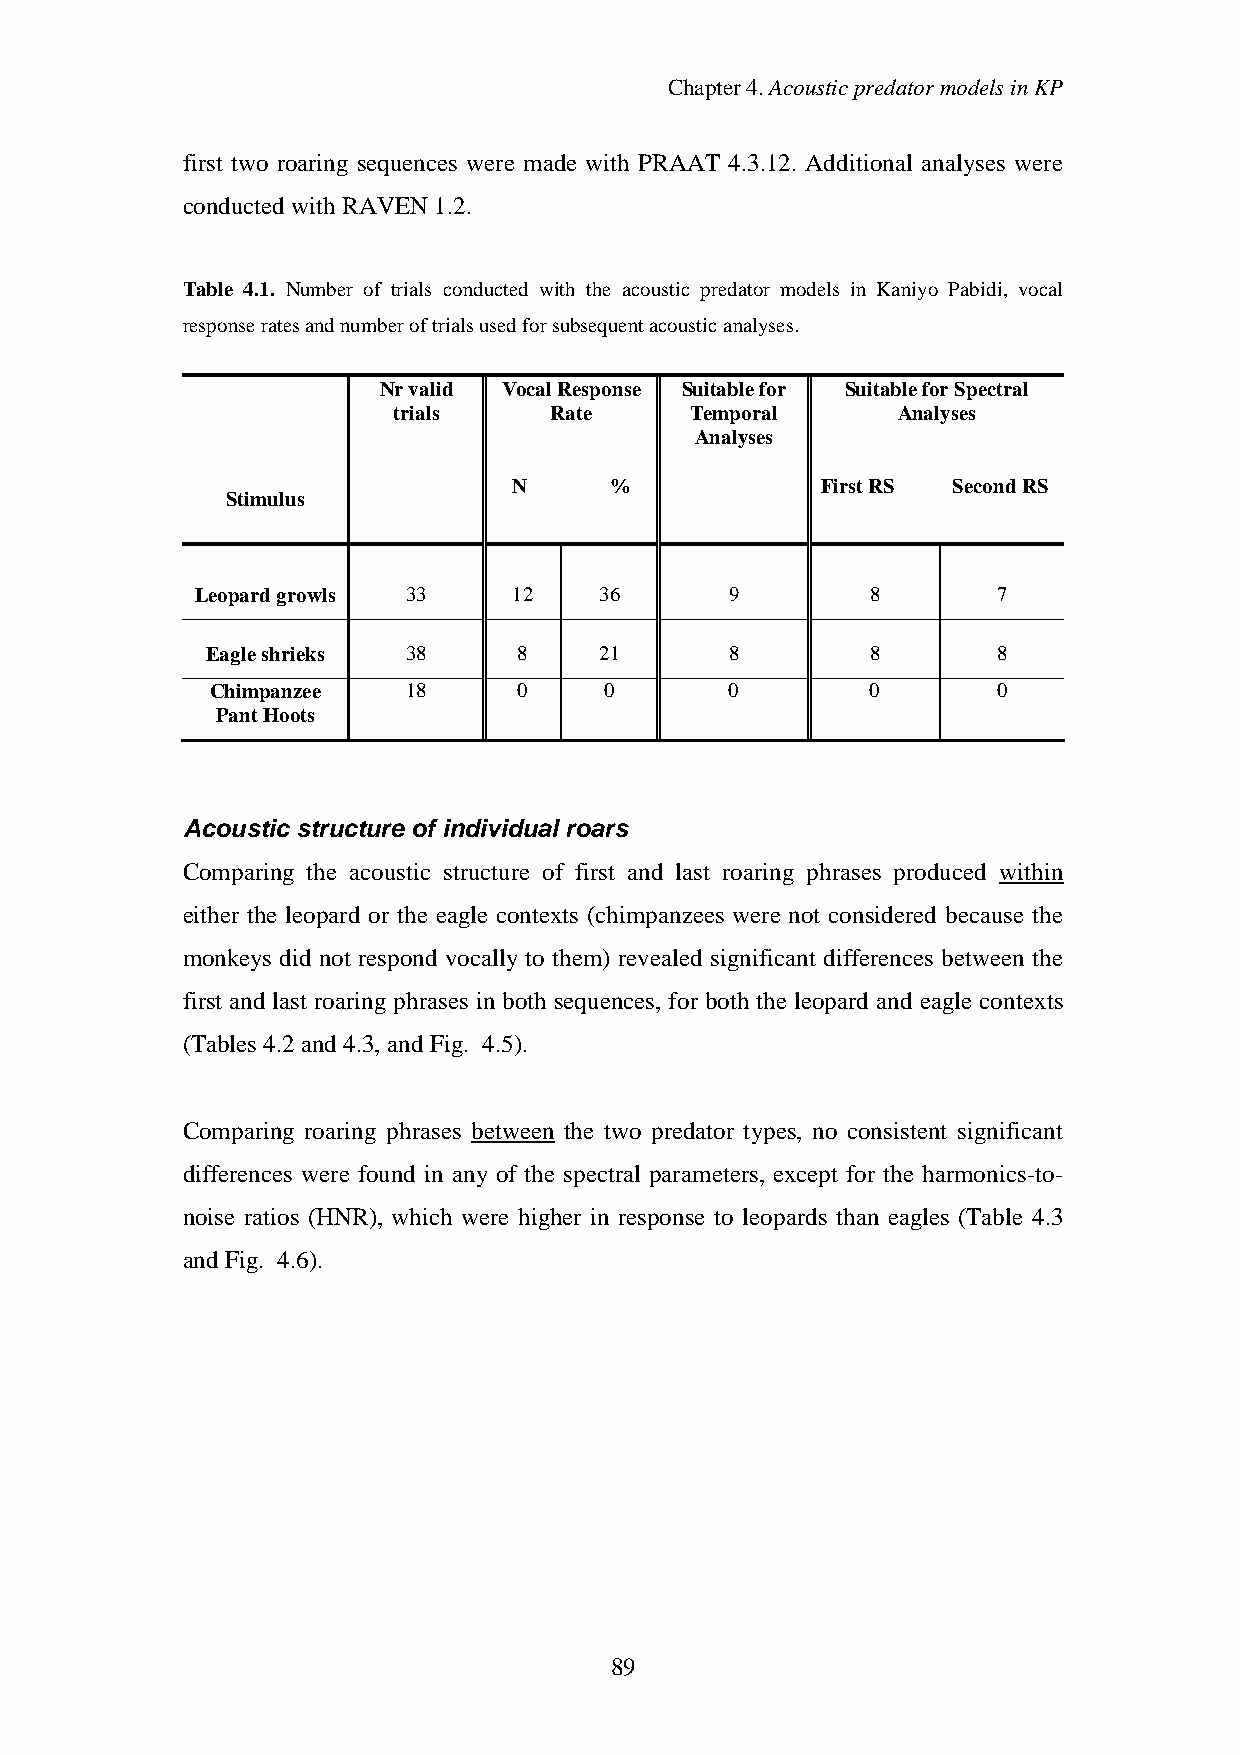
Chapter4.AcousticpredatormodelsinKP
 first two roaring sequences were made with PRAAT 4.3.12. Additional analyses were
 conductedwithRAVEN 1.2.
 Table 4.1. Number of trials conducted with the acoustic predator models in Kaniyo Pabidi, vocal
 responseratesandnumberoftrialsusedforsubsequentacousticanalyses.
 Nrvalid VocalResponse Suitablefor SuitableforSpectral
 trials    Rate      Temporal     Analyses
 Analyses
 N     %             FirstRS  SecondRS
 Stimulus
 Leopardgrowls 33     12    36      9         8       7
 Eagleshrieks 38     8     21      8         8       8
 Chimpanzee   18     0     0       0         0       0
 PantHoots
 Acoustic structure of individual roars
 Comparing the acoustic structure of first and last roaring phrases produced within
 either the leopard or the eagle contexts (chimpanzees were not considered because the
 monkeys did not respond vocally to them) revealed significant differences between the
 first and last roaring phrases in both sequences, for both the leopard and eagle contexts
 (Tables 4.2and4.3, and Fig. 4.5).
 Comparing roaring phrases between the two predator types, no consistent significant
 differences were found in any of the spectral parameters, except for the harmonics-to-
 noise ratios (HNR), which were higher in response to leopards than eagles (Table 4.3
 andFig. 4.6).
 89